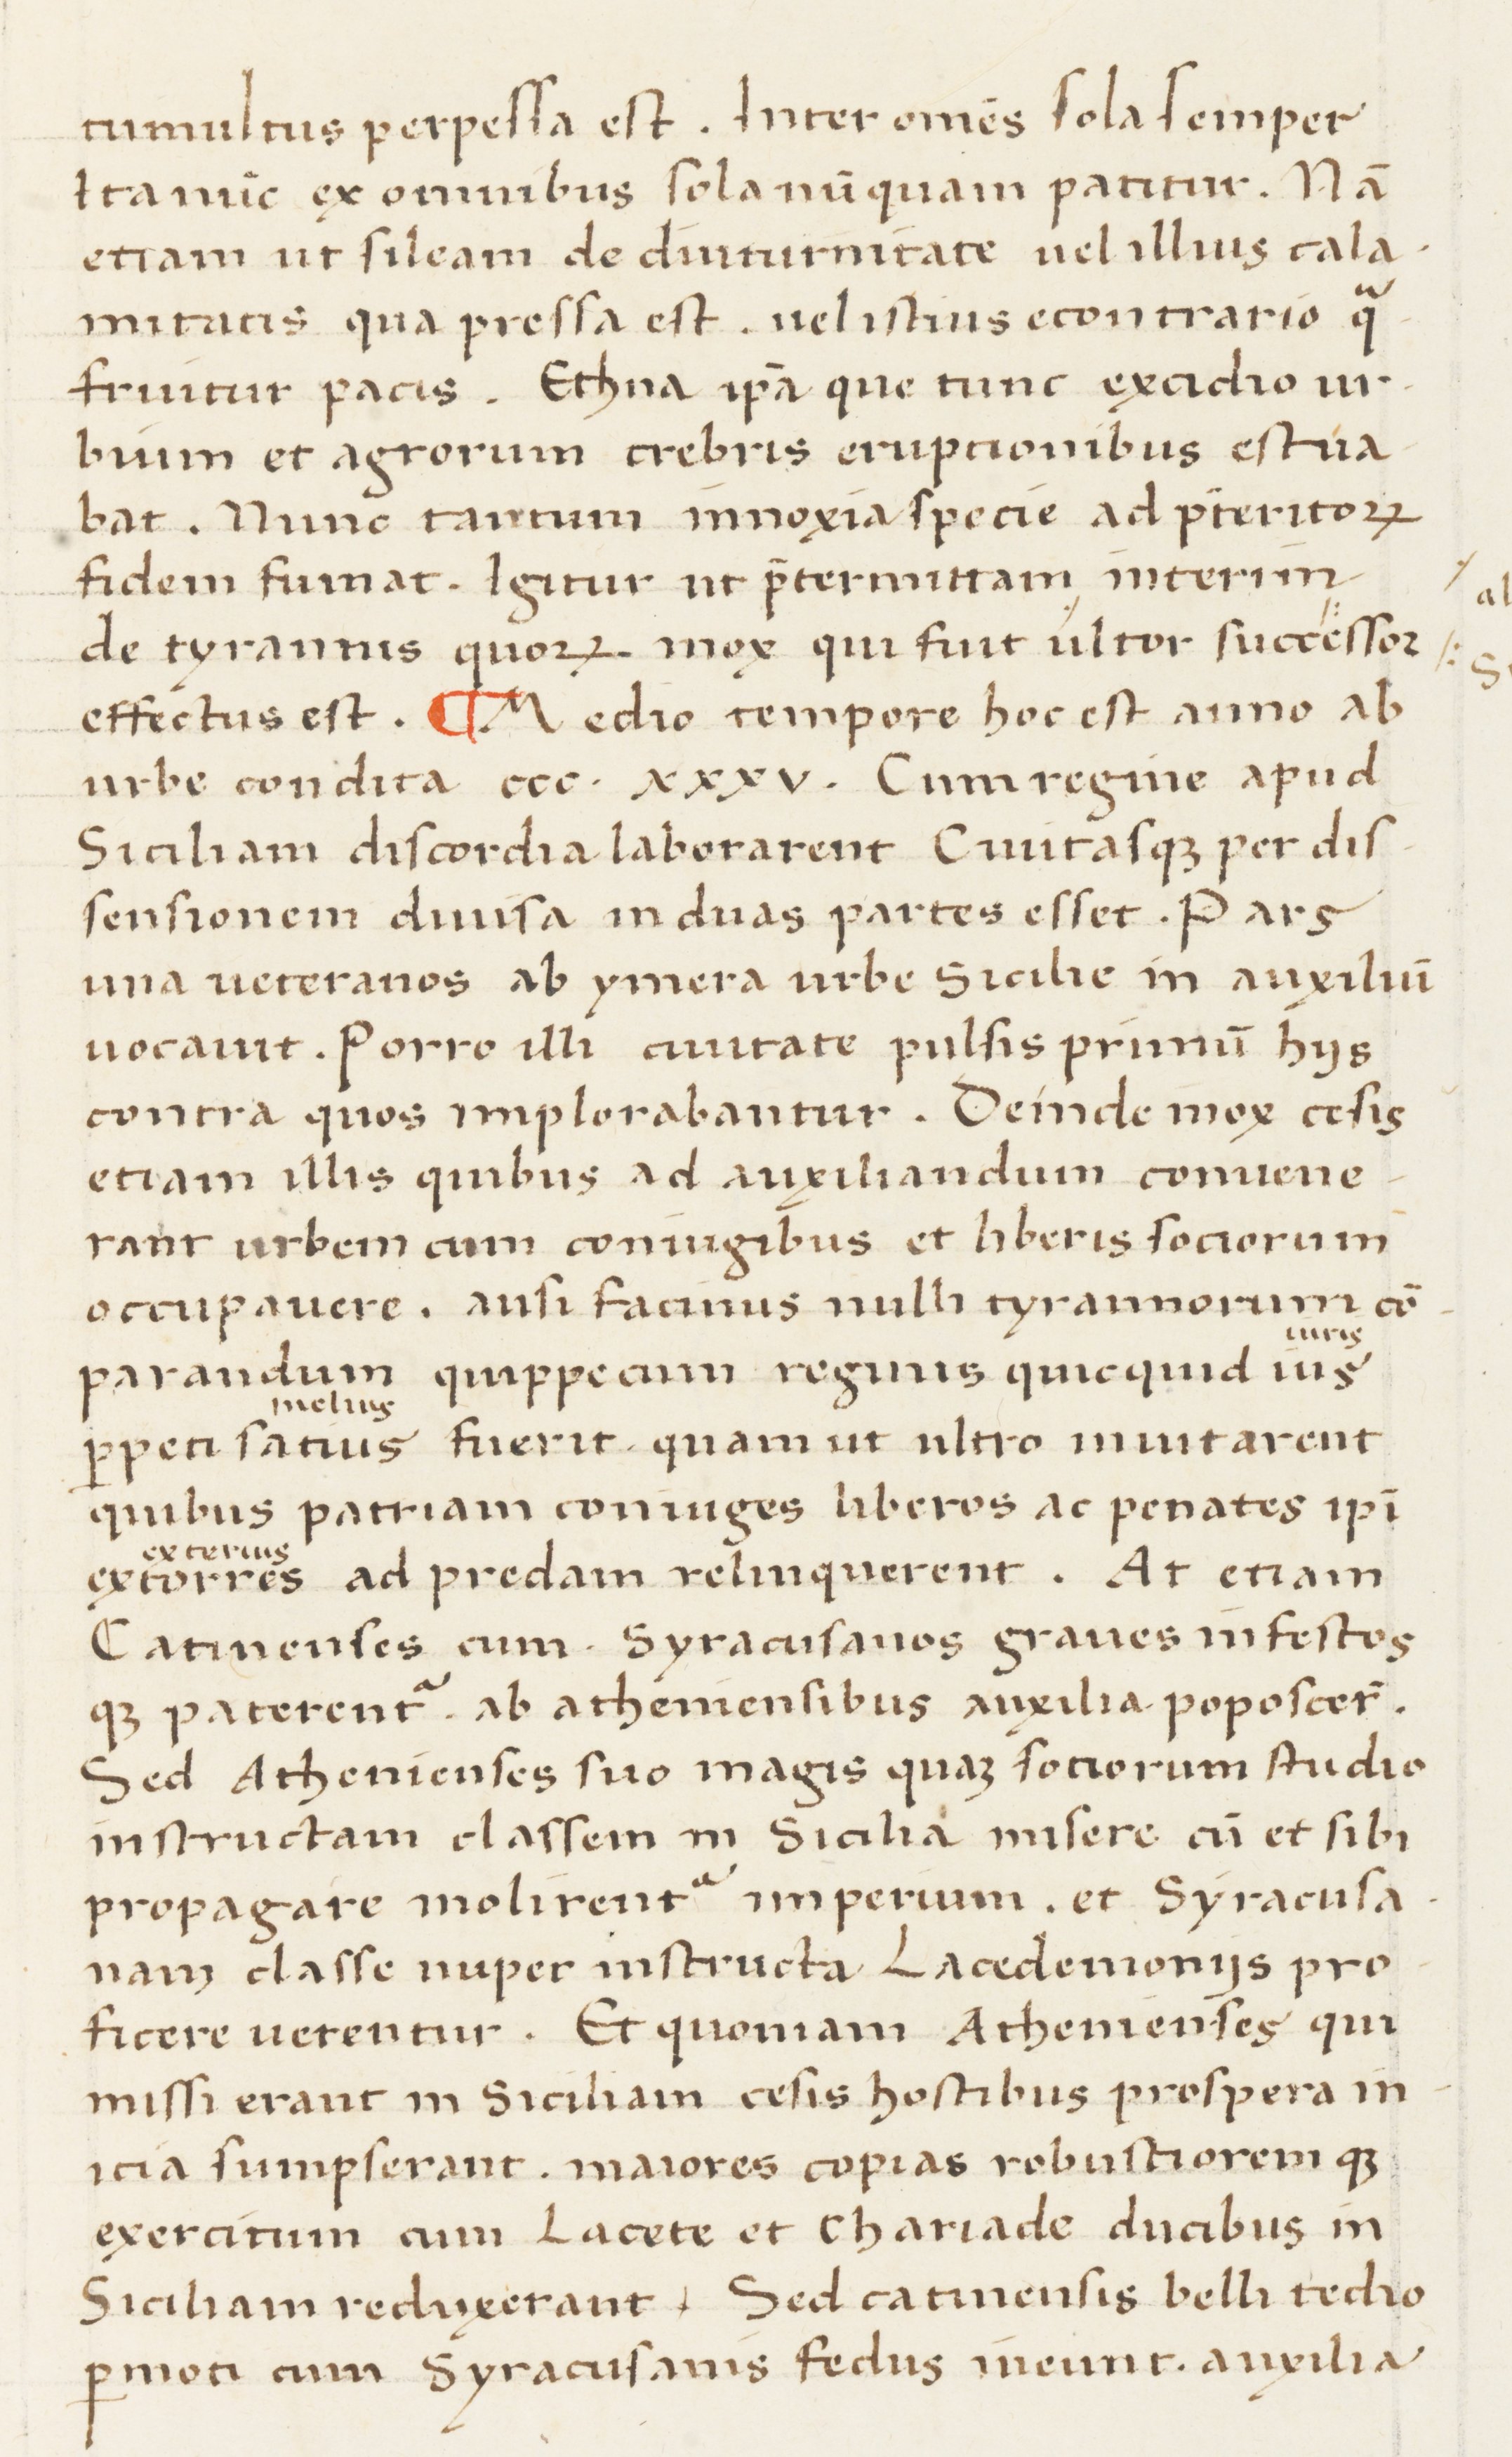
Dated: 1400–1599